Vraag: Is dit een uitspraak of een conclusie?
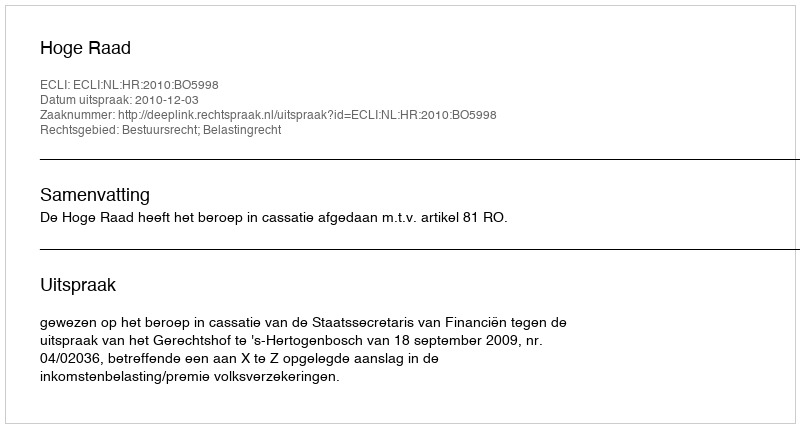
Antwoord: Uitspraak